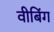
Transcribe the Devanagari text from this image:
वीबिंग